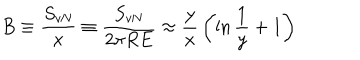
B \equiv { \frac { S _ { \mathrm { v N } } } { x } } \equiv { \frac { S _ { \mathrm { v N } } } { 2 \pi R E } } \approx { \frac { y } { x } } \left( \ln { \frac { 1 } { y } } + 1 \right)